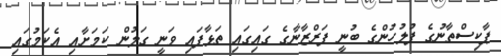
ޕާކިސްތާނުގެ ފުލުހުންގެ ބުނީ ފަރްޒާނާގެ ގައިގައި ތަޅާފައި ވަނީ ގަލުން ކަމަށާއި އެކަމުގައި